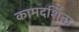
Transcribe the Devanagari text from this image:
कामदर्शिता